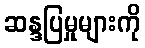
ဆန္ဒပြမှုများကို